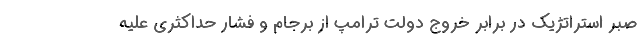
صبر استراتژیک در برابر خروج دولت ترامپ از برجام و فشار حداکثری علیه